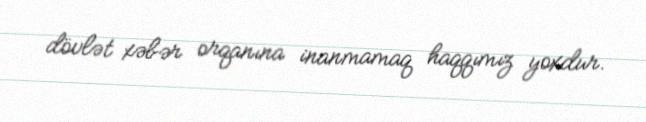
dövlət xəbər orqanına inanmamaq haqqımız yoxdur.